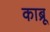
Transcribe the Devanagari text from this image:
काब्रू